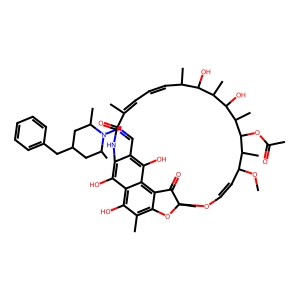
SMILES: COC1C=COC2(C)Oc3c(C)c(O)c4c(O)c(c(C=NN5C(C)CC(Cc6ccccc6)CC5C)c(O)c4c3C2=O)NC(=O)C(C)=CC=CC(C)C(O)C(C)C(O)C(C)C(OC(C)=O)C1C
Inhibits HIV replication: No